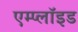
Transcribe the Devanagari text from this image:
एम्प्लॉइड